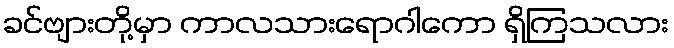
ခင်ဗျားတို့မှာ ကာလသားရောဂါကော ရှိကြသလား